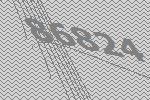
86824